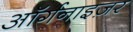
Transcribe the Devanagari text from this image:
ऑर्गनाइज़र